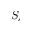
S _ { e }